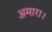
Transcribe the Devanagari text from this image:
अमारा।